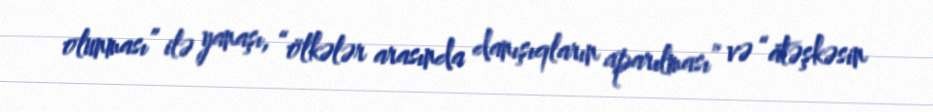
olunması” ilə yanaşı, “ölkələr arasında danışıqların aparılması” və “atəşkəsin